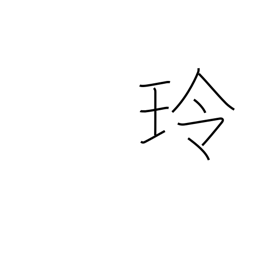
Meaning: sound of jewels